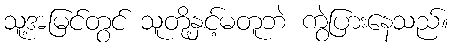
သူ့အမြင်တွင် သူတို့နှင့်မတူဘဲ ကွဲပြားနေသည်။